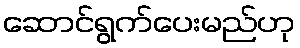
ဆောင်ရွက်ပေးမည်ဟု